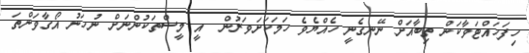
ހިފަހައްޓަވާކަން ތިބާއަށް ނޭނގެނީ ހެއްޔެވެ ހަމަކަށަވަރުން  އީ މީސްތަކުންނަށް ނުހަނު އޯގާވަންތަ